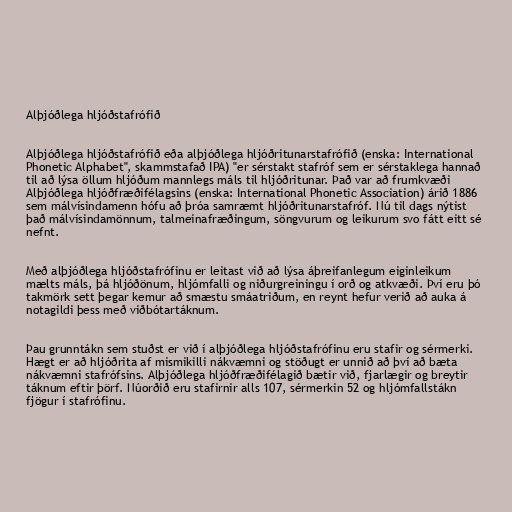
Alþjóðlega hljóðstafrófið

Alþjóðlega hljóðstafrófið eða alþjóðlega hljóðritunarstafrófið (enska: International
Phonetic Alphabet", skammstafað IPA) "er sérstakt stafróf sem er sérstaklega hannað
til að lýsa öllum hljóðum mannlegs máls til hljóðritunar. Það var að frumkvæði
Alþjóðlega hljóðfræðifélagsins (enska: International Phonetic Association) árið 1886
sem málvísindamenn hófu að þróa samræmt hljóðritunarstafróf. Nú til dags nýtist
það málvísindamönnum, talmeinafræðingum, söngvurum og leikurum svo fátt eitt sé
nefnt.

Með alþjóðlega hljóðstafrófinu er leitast við að lýsa áþreifanlegum eiginleikum
mælts máls, þá hljóðönum, hljómfalli og niðurgreiningu í orð og atkvæði. Því eru þó
takmörk sett þegar kemur að smæstu smáatriðum, en reynt hefur verið að auka á
notagildi þess með viðbótartáknum.

Þau grunntákn sem stuðst er við í alþjóðlega hljóðstafrófinu eru stafir og sérmerki.
Hægt er að hljóðrita af mismikilli nákvæmni og stöðugt er unnið að því að bæta
nákvæmni stafrófsins. Alþjóðlega hljóðfræðifélagið bætir við, fjarlægir og breytir
táknum eftir þörf. Núorðið eru stafirnir alls 107, sérmerkin 52 og hljómfallstákn
fjögur í stafrófinu.